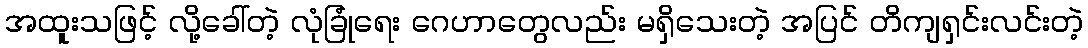
အထူးသဖြင့် လို့ခေါ်တဲ့ လုံခြုံရေး ဂေဟာတွေလည်း မရှိသေးတဲ့ အပြင် တိကျရှင်းလင်းတဲ့